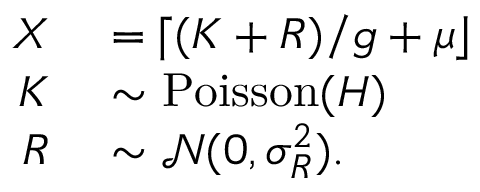
\begin{array} { r l } { X } & { { } = \lceil ( K + R ) / g + \mu \rfloor } \\ { K } & { { } \sim \operatorname { P o i s s o n } ( H ) } \\ { R } & { { } \sim \mathcal N ( 0 , \sigma _ { R } ^ { 2 } ) . } \end{array}